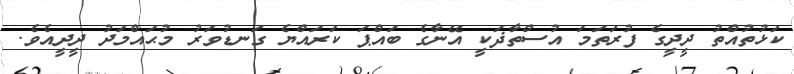
ކަޅުތުއްތު ދީދީގެ ފުރަތަމަ އުސްތާޛަކީ އޭނާގެ ބައްޕަ ކަރައްޔެ ގަނޑުވަރު މުޙައްމަދު ދީދީއެވެ.